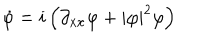
LaTeX: \dot { \varphi } = i \left( \partial _ { x x } \varphi + | \varphi | ^ { 2 } \varphi \right)